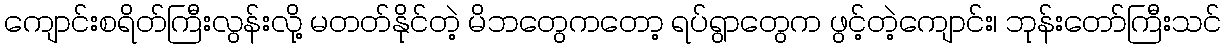
ကျောင်းစရိတ်ကြီးလွန်းလို့ မတတ်နိုင်တဲ့ မိဘတွေကတော့ ရပ်ရွာတွေက ဖွင့်တဲ့ကျောင်း၊ ဘုန်းတော်ကြီးသင်